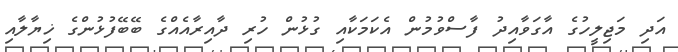
އަދި މަޖިލީހުގެ އާގަވާއިދު ފާސްވުމުން އެކަމަކާއި ގުޅުން ހުރި ދާއިރާއެއްގެ ބޭބޭފުޅުންގެ ޚިޔާލާއި